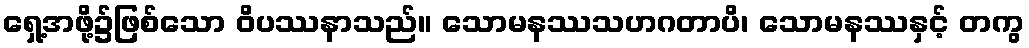
ရှေ့အဖို့၌ဖြစ်သော ဝိပဿနာသည်။ သောမနဿသဟဂတာပိ၊ သောမနဿနှင့် တကွ